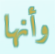
وأنها